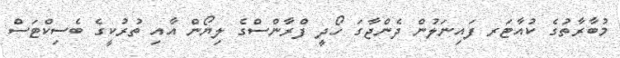
މުބާރާތުގެ ކުއާޓަރ ފައިނަލުން ދެންޖާގަ ހޯދީ ފްރާންސްގެ ލިޔޯން އާއި ތުރުކީގެ ބެސިކްޓަސް